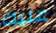
عليك